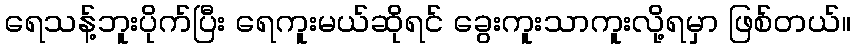
ရေသန့်ဘူးပိုက်ပြီး ရေကူးမယ်ဆိုရင် ခွေးကူးသာကူးလို့ရမှာ ဖြစ်တယ်။